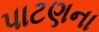
પાટણના